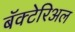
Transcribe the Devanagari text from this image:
बॅक्टेरिअल